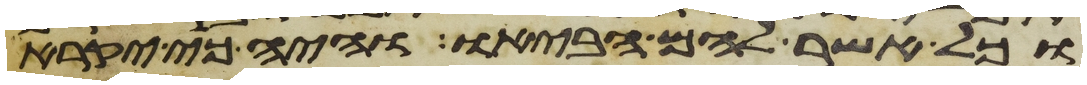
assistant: וכל אשר להם הביאו והיה כי יקרא